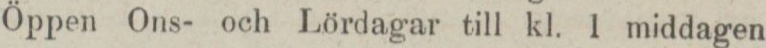
Öppen Ons- och Lördagar till kl. 1 middagen